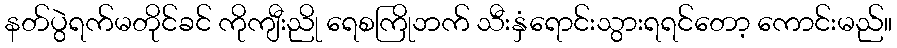
နတ်ပွဲရက်မတိုင်ခင် ကိုကျီးညို ရေစကြိုဘက် သီးနှံရောင်းသွားရရင်တော့ ကောင်းမည်။